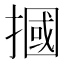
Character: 摑